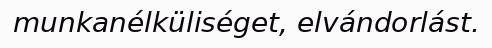
munkanélküliséget, elvándorlást.